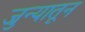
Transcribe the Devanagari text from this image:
जुन्यातून